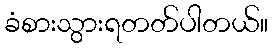
ခံစားသွားရတတ်ပါတယ်။